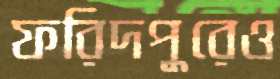
ফরিদপুরেও